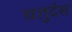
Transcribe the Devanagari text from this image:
चतुर्दस